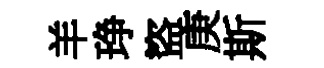
羊琤盜庚斯